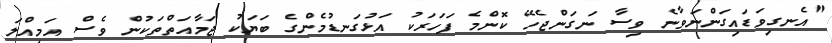
"އެނގިވަޑައިގަންނަވާނެ ވިސާ ނަގަންޖެހޭ ކޮންމެ ފަހަރަކު އަޅުގަނޑުމެންގެ ބަޔަކު ޖަމާއަތްތަކުން ވެސް އަމިއްލަ